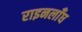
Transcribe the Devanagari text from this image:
राइनलाँघ